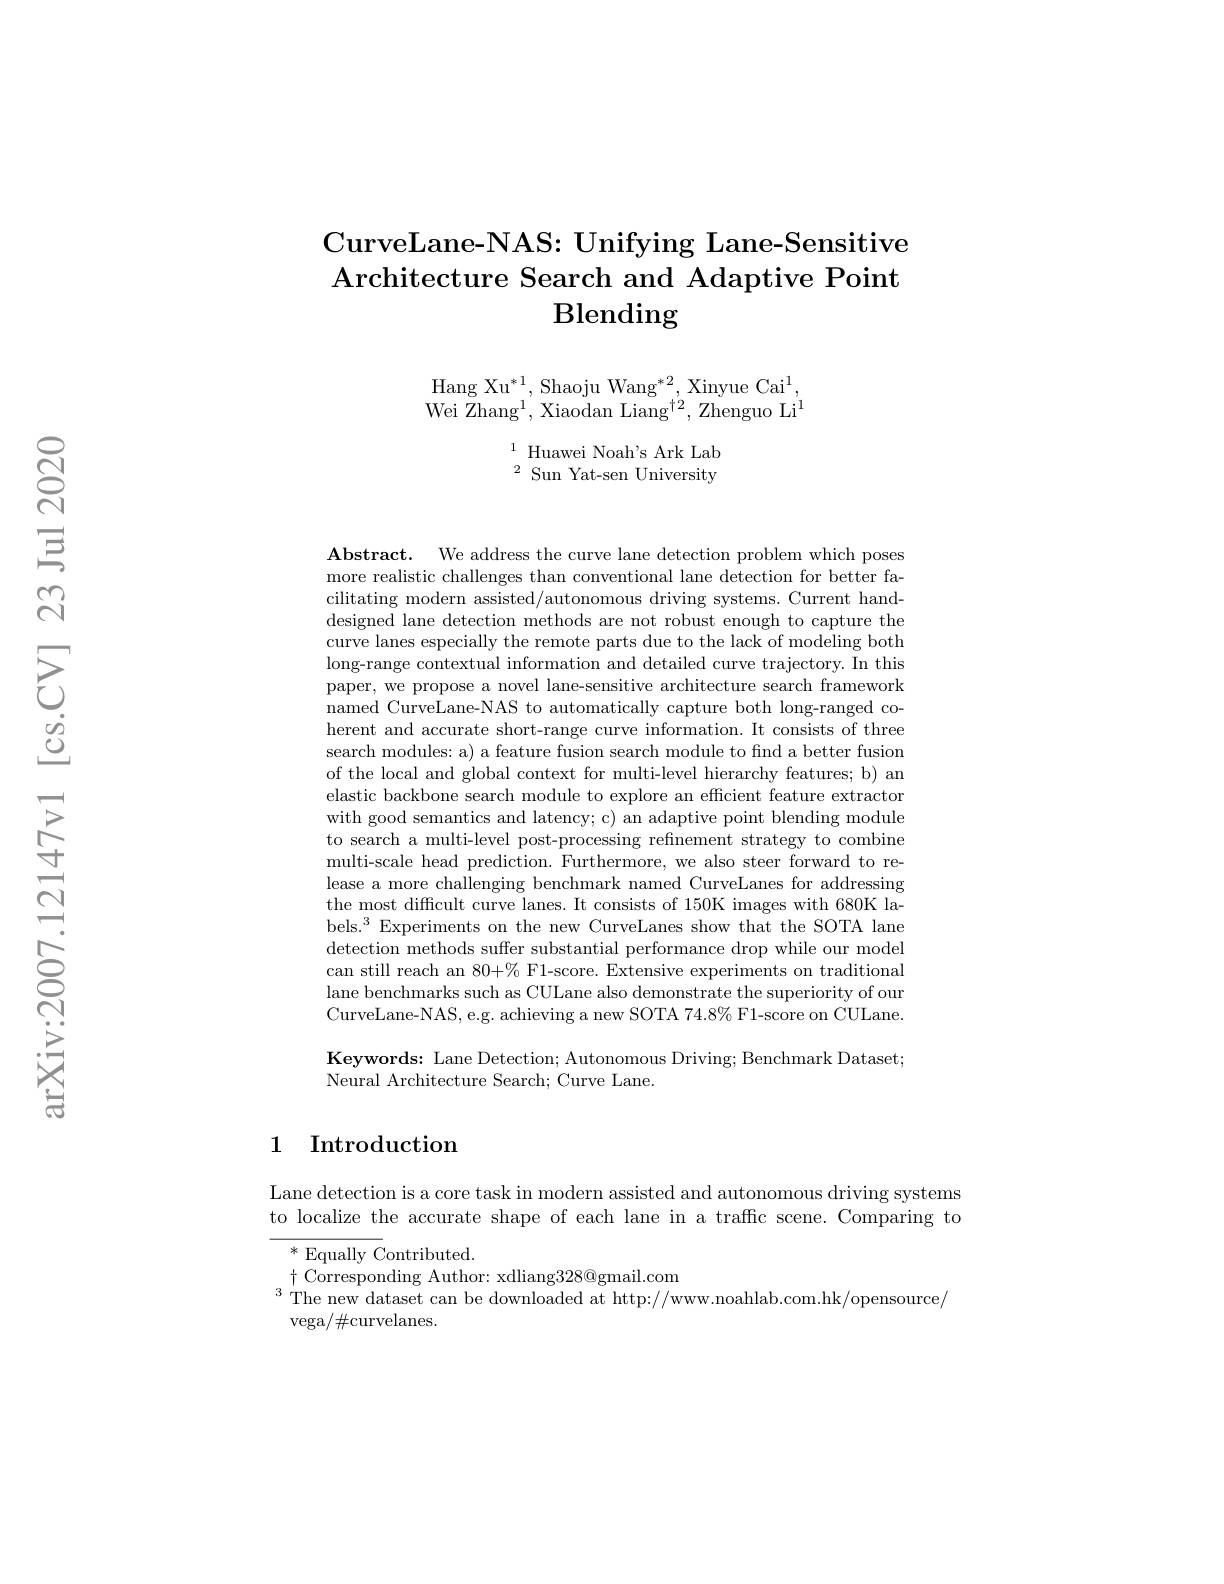
# CurveLane-NAS: Unifying Lane-Sensitive $\operatorname{Architecture}$ Search and Adaptive Point $\operatorname{Blending}$

$\mathrm{Hang~Xu}^{*1}$,Shaoju Wang$^*2$,Xinyue Cai$^1$, Wei Zhang$^1$,Xiaodan Liang$^{\dagger2}$,Zhenguo Li$^1$

$^{1}$ Huawei Noah's Ark Lab $^{2}$Sun Yat-sen University

$\mathbf{Abstract. }$ We address the curve lane detection problem which poses more realistic challenges than conventional lane detection for better facilitating modern assisted/autonomous driving systems. Current handdesigned lane detection methods are not robust enough to capture the curve lanes especially the remote parts due to the lack of modeling both long-range contextual information and detailed curve trajectory. In this paper, we propose a novel lane-sensitive architecture search framework named CurveLane-NAS to automatically capture both long-ranged coherent and accurate short-range curve information. It consists of three search modules: a) a feature fusion search module to find a better fusion of the local and global context for multi-level hierarchy features; b) an elastic backbone search module to explore an efficient feature extractor with good semantics and latency; c) an adaptive point blending module to search a multi-level post-processing refinement strategy to combine multi-scale head prediction. Furthermore, we also steer forward to release a more challenging benchmark named CurveLanes for addressing the most difficult curve lanes. It consists of 150K images with 680K labels.$^3$Experiments on the new CurveLanes show that the SOTA lane detection methods suffer substantial performance drop while our model can still reach an 80+% F1-score. Extensive experiments on traditional lane benchmarks such as CULane also demonstrate the superiority of our CurveLane-NAS, e.g. achieving a new SOTA 74.8% F1-score on CULane Keywords: Lane Detection; Autonomous Driving; Benchmark Dataset;

Neural Architecture Search; Curve Lane.

### 1 Introduction

Lane detection is a core task in modern assisted and autonomous driving systems to localize the accurate shape of each lane in a traffc scene. Comparing to
$^*$Equally Contributed.
$\dagger$ Corresponding Author: xdliang328@gmail.com
$^{3}$The new dataset can be downloaded at http://www.noahlab.com.hk/opensource/
vega/#curvelanes.